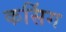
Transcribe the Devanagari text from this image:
कसिंग